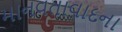
માનવતાવાદના